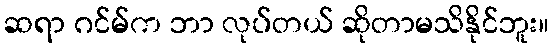
ဆရာ ဂင်မ်က ဘာ လုပ်တယ် ဆိုတာမသိနိုင်ဘူး။